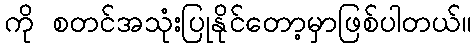
ကို စတင်အသုံးပြုနိုင်တော့မှာဖြစ်ပါတယ်။